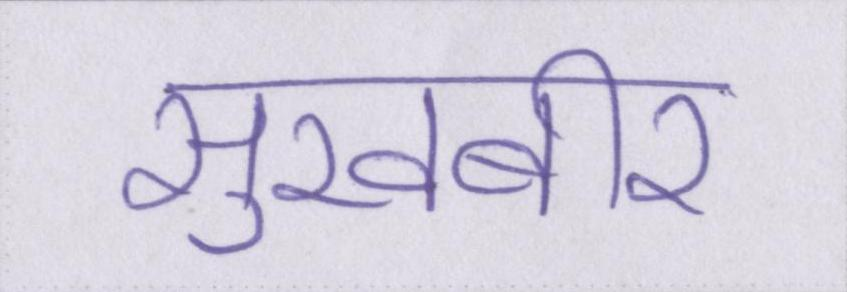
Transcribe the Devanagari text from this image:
सुखबीर